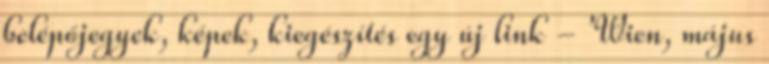
belépőjegyek, képek, kiegészítés egy új link - 'Wien, május